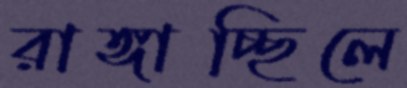
রাঙ্গাচ্ছিলে